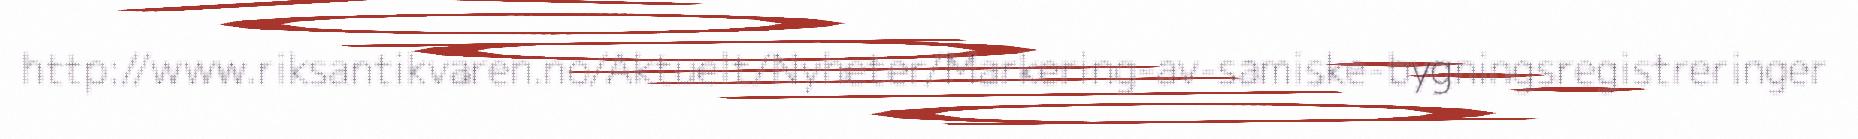
http://www.riksantikvaren.no/Aktuelt/Nyheter/Markering-av-samiske-bygningsregistreringer